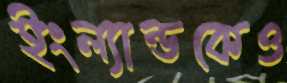
ইংল্যান্ডকেও